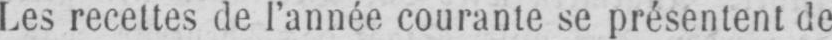
Les recettes de l’année courante se présentent de